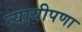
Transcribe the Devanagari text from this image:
न्यायीपणा